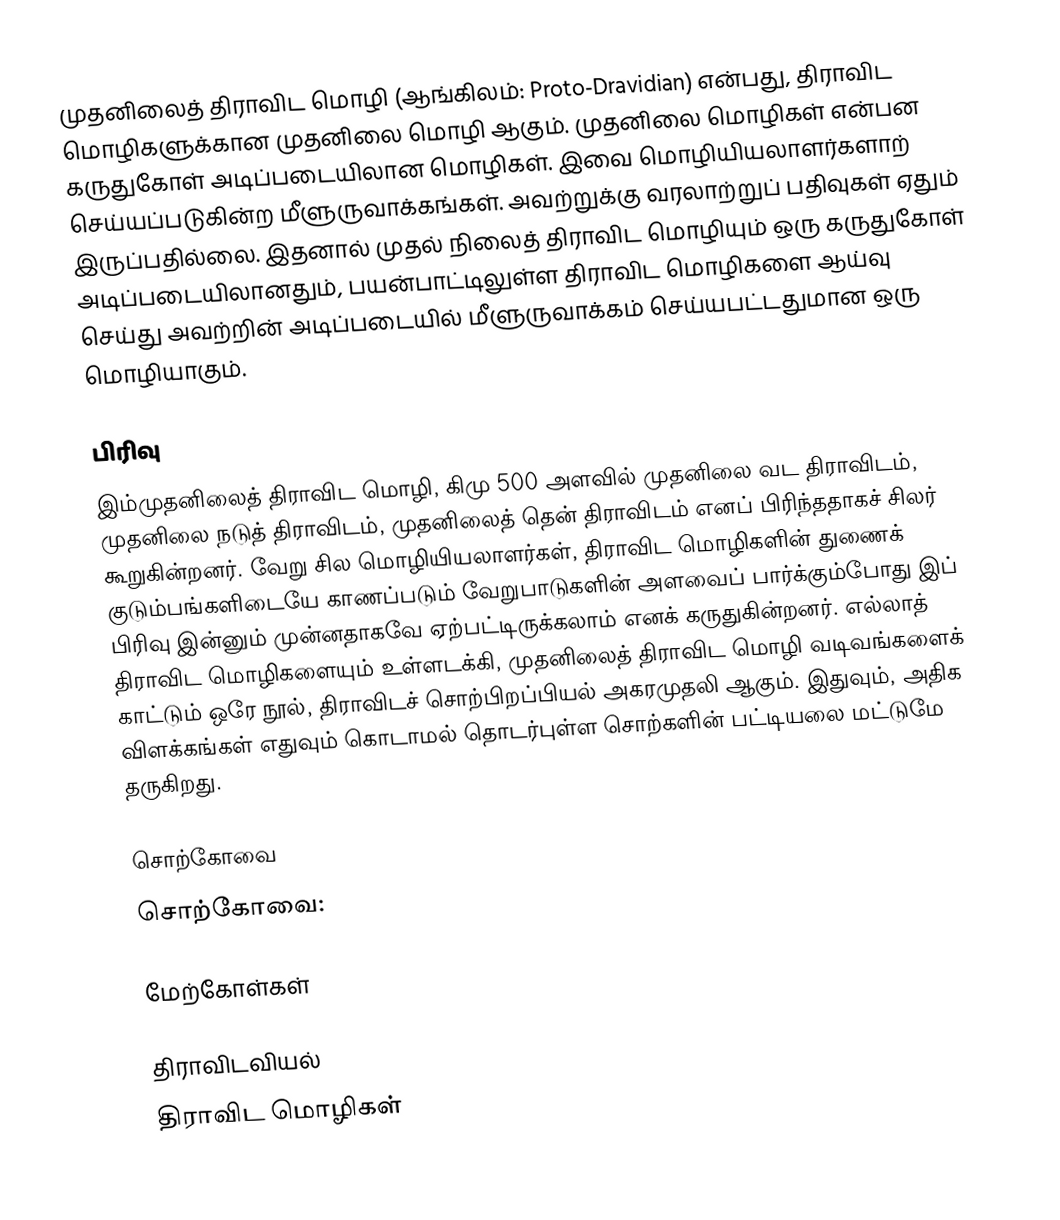
முதனிலைத் திராவிட மொழி (ஆங்கிலம்: Proto-Dravidian) என்பது, திராவிட மொழிகளுக்கான முதனிலை மொழி ஆகும். முதனிலை மொழிகள் என்பன கருதுகோள் அடிப்படையிலான மொழிகள். இவை மொழியியலாளர்களாற் செய்யப்படுகின்ற மீளுருவாக்கங்கள். அவற்றுக்கு வரலாற்றுப் பதிவுகள் ஏதும் இருப்பதில்லை. இதனால் முதல் நிலைத் திராவிட மொழியும் ஒரு கருதுகோள் அடிப்படையிலானதும், பயன்பாட்டிலுள்ள திராவிட மொழிகளை ஆய்வு செய்து அவற்றின் அடிப்படையில் மீளுருவாக்கம் செய்யபட்டதுமான ஒரு மொழியாகும்.

பிரிவு
இம்முதனிலைத் திராவிட மொழி, கிமு 500 அளவில் முதனிலை வட திராவிடம், முதனிலை நடுத் திராவிடம், முதனிலைத் தென் திராவிடம் எனப் பிரிந்ததாகச் சிலர் கூறுகின்றனர். வேறு சில மொழியியலாளர்கள், திராவிட மொழிகளின் துணைக் குடும்பங்களிடையே காணப்படும் வேறுபாடுகளின் அளவைப் பார்க்கும்போது இப் பிரிவு இன்னும் முன்னதாகவே ஏற்பட்டிருக்கலாம் எனக் கருதுகின்றனர். எல்லாத் திராவிட மொழிகளையும் உள்ளடக்கி, முதனிலைத் திராவிட மொழி வடிவங்களைக் காட்டும் ஒரே நூல், திராவிடச் சொற்பிறப்பியல் அகரமுதலி ஆகும். இதுவும், அதிக விளக்கங்கள் எதுவும் கொடாமல் தொடர்புள்ள சொற்களின் பட்டியலை மட்டுமே தருகிறது.

சொற்கோவை
சொற்கோவை:

மேற்கோள்கள்

திராவிடவியல்
திராவிட மொழிகள்